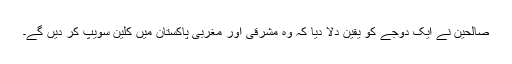
صالحین نے ایک دوجے کو یقین دلا دیا کہ وہ مشرقی اور مغربی پاکستان میں کلین سویپ کر دیں گے۔